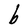
Character: b